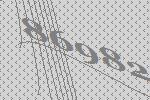
86982